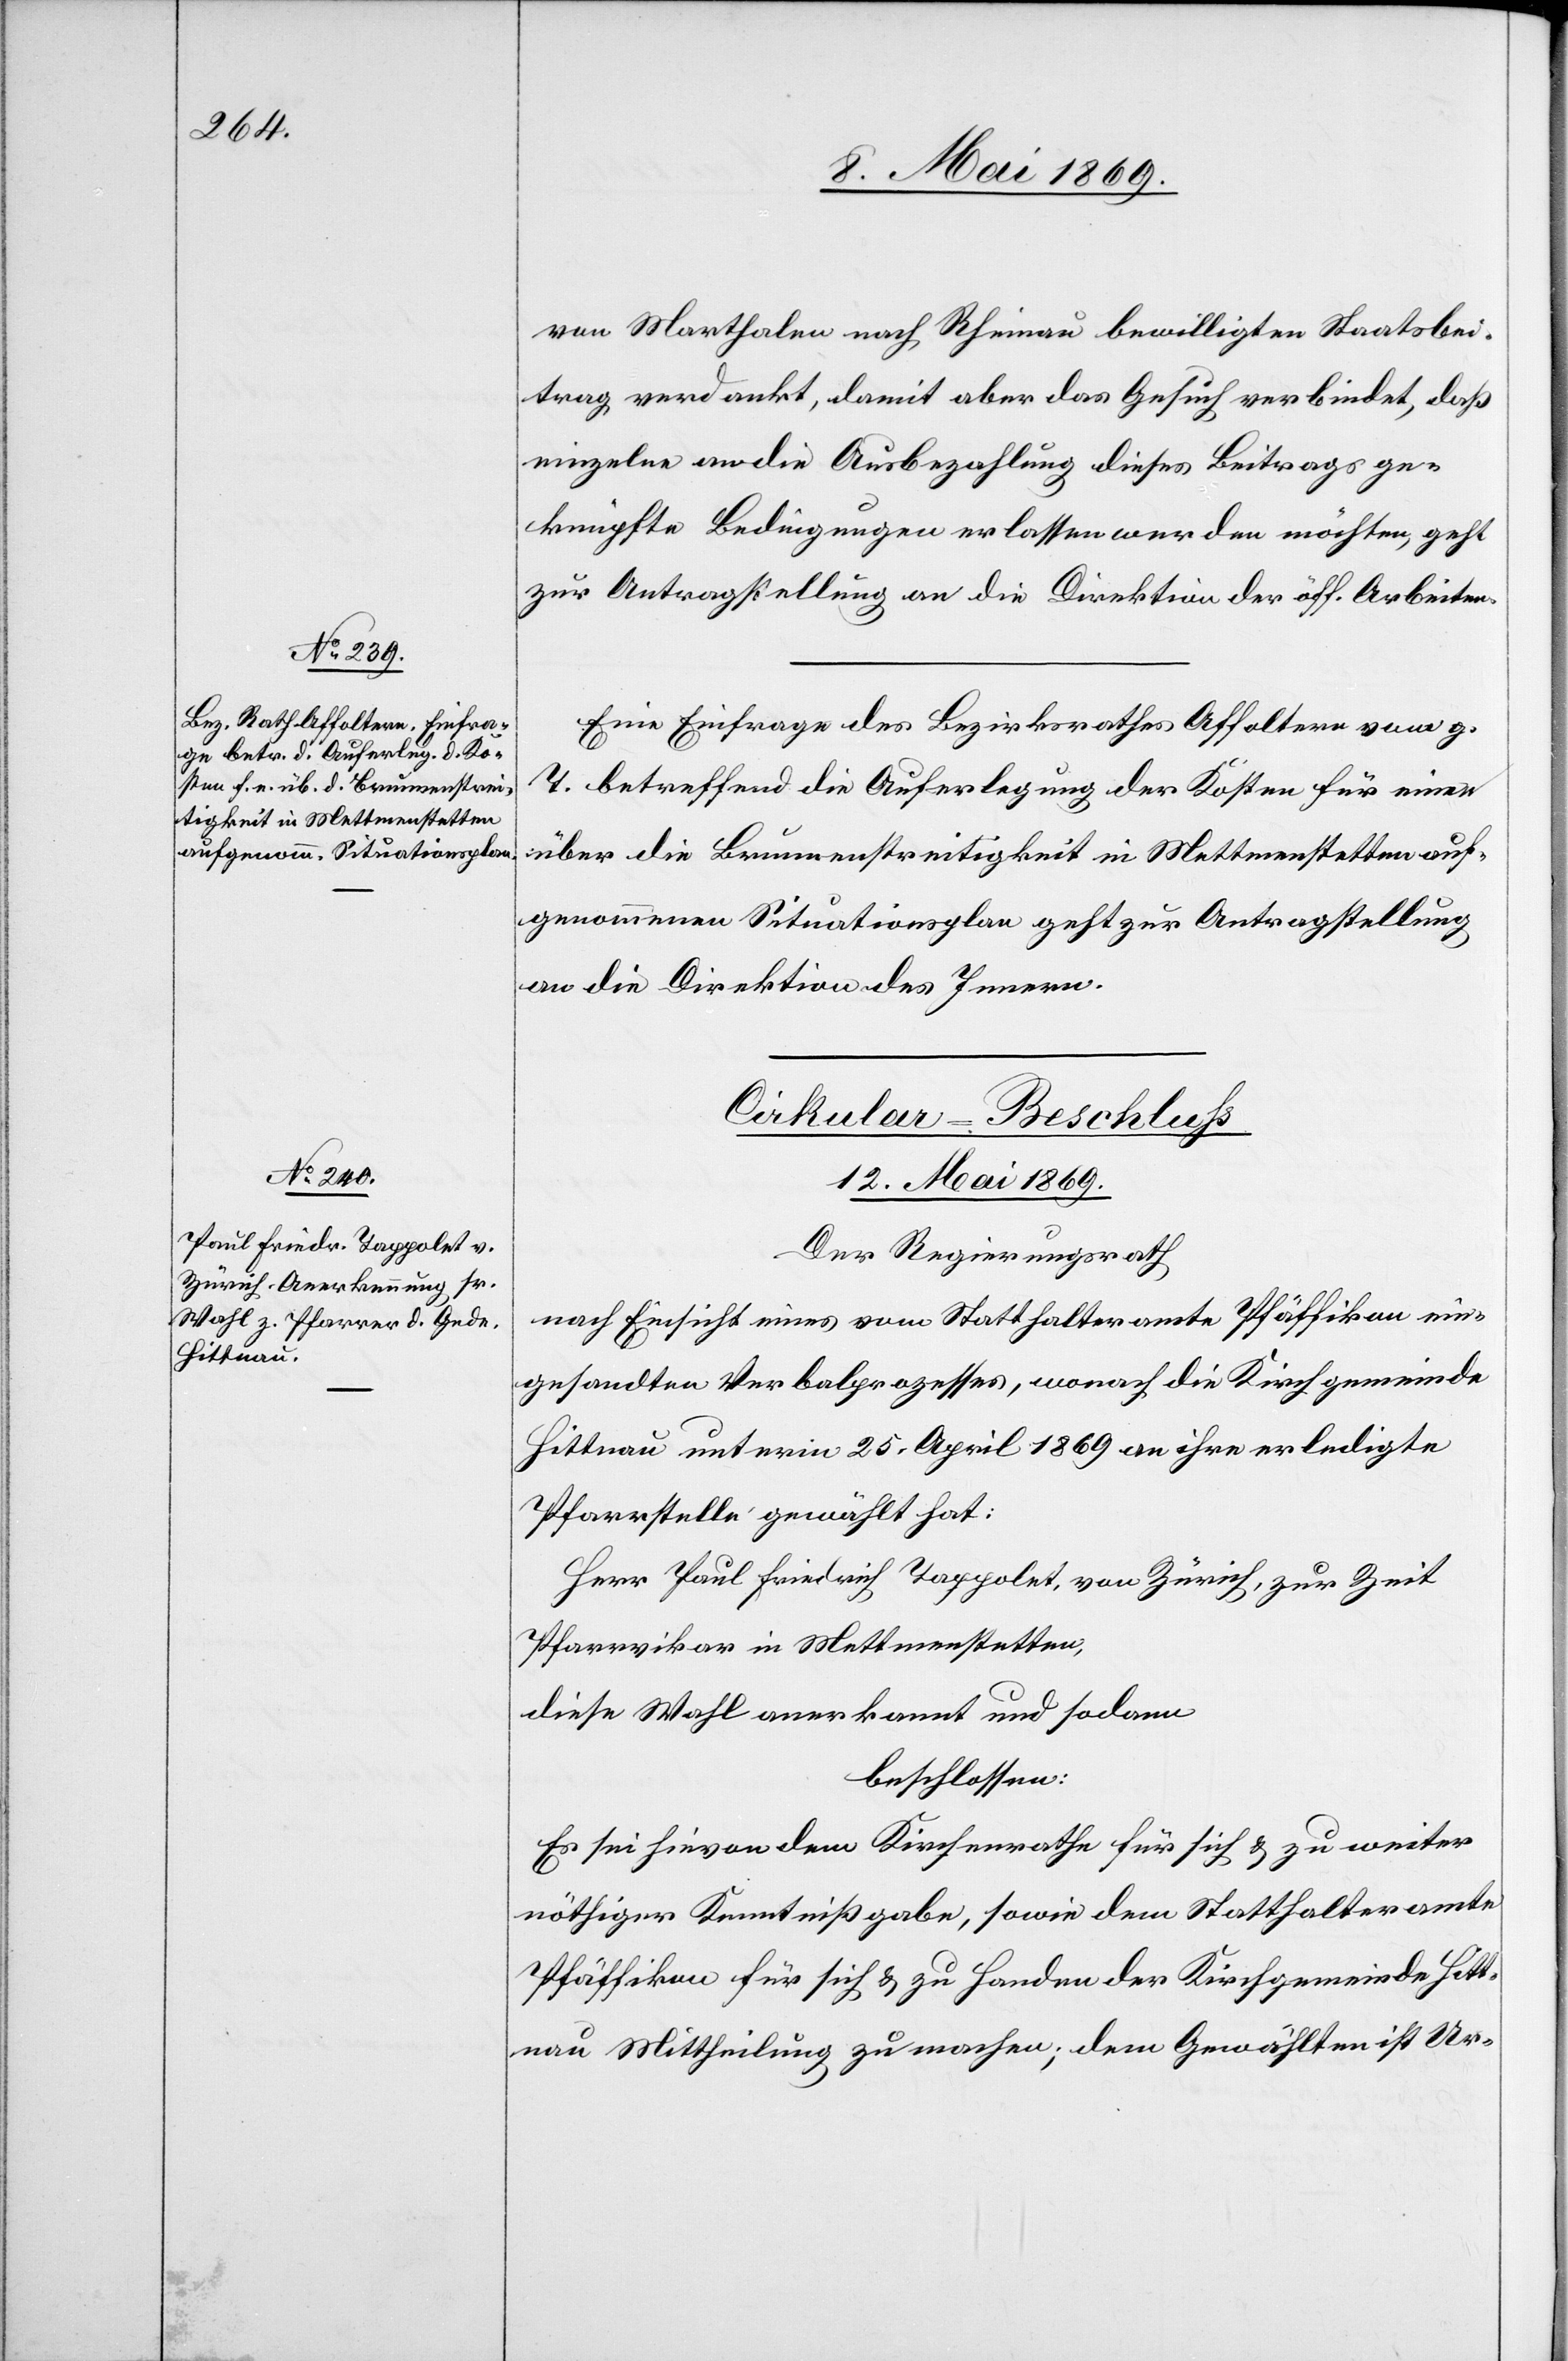
von Marthalen nach Rheinau bewilligten Staatsbei¬
trag verdankt, damit aber das Gesuch verbindet, daß
einzelne an die Ausbezahlung dieses Beitrages ge¬
knüpfte Bedingungen erlassen werden möchten, geht
zur Antragstellung an die Direktion der öff. Arbeiten.
Eine Einfrage des Bezirksrathes Affoltern vom g.
T. betreffend die Auferlegung der Kosten für einen
über die Brunnenstreitigkeit in Mettmenstetten auf¬
genommenen Situationsplan geht zur Antragstellung
an die Direktion des Innern.
Cirkular-Beschluß.
12. Mai 1869.
Der Regierungsrath
nach Einsicht eines vom Statthalteramte Pfäffikon ein¬
gesandten Verbalprozesses, wonach die Kirchgemeinde
Hittnau unterm 25. April 1869 an ihre erledigte
Pfarrstelle gewählt hat:
Herr Paul Friedrich Tappolet, von Zürich, zur Zeit
Pfarrvikar in Mettmenstetten,
diese Wahl anerkannt und sodann
beschlossen:
Es sei hievon dem Kirchenrathe für sich u. zu weiter
nöthiger Kenntnißgabe, sowie dem Statthalteramte
Pfäffikon für sich u. zu Handen der Kirchgemeinde Hitt¬
nau Mittheilung zu machen, dem Gewählten ist Ur-